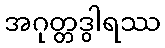
အဂုတ္တဒွါရဿ